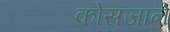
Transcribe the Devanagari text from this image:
कोसजाने